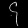
Digit: ၄